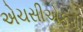
એચસીએફસી